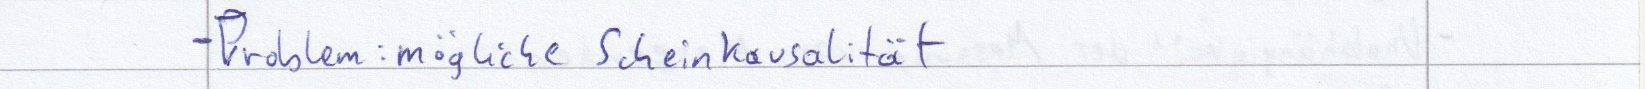
- Problem: mögliche Scheinkausalität